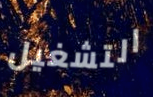
التشغيل